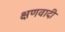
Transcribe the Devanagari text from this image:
क्षणवादी